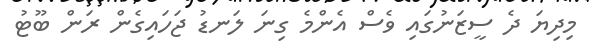
މިދިޔަ ދެ ސީޒަނުގައި ވެސް އެންމެ ގިނަ ލަނޑު ޖަހައިގެން ރަން ބޫޓު